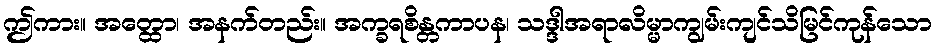
ဤကား။ အတ္ထော၊ အနက်တည်း။ အက္ခရစိန္တကာပန၊ သဒ္ဒါအရာလိမ္မာကျွမ်းကျင်သိမြင်ကုန်သော